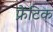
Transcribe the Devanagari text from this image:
फ्रैंटिक